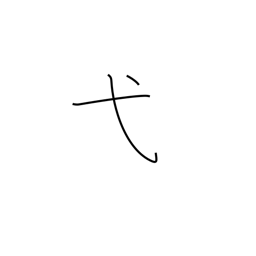
Meaning: ceremony radical (no. 56)